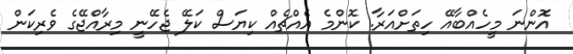
އަޮންނަ މީހެއްބާއޭ ހިތަށްއަރާ. ކޮންމެ އެއްޗެއް ކިޔަސް ކަލޭ ޖެހޭނީ މިރާއްޖޭގެ ވެރިކަން